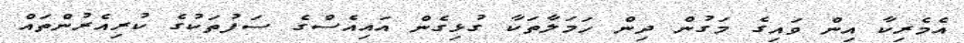
އެމެރިކާ އިން ވައިގެ މަގުން ދިން ހަމަލާތަކާ ގުޅިގެން އައިއެސްގެ ސަފުތަކުގެ ކުރިއެރުންތައް